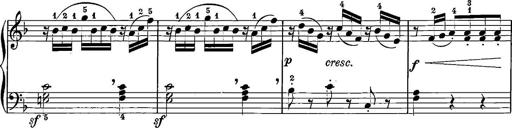
Title: 12 Sonatinas
Composer: Ignaz Pleyel